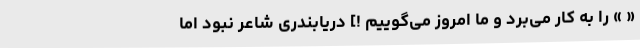
« » را به کار می‌برد و ما امروز می‌گوییم !] دریابندری شاعر نبود اما